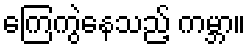
ကြေကွဲနေသည့် ကမ္ဘာ။